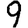
Digit: 9